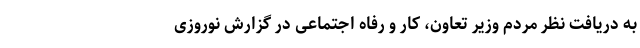
به دریافت نظر مردم وزیر تعاون، کار و رفاه اجتماعی در گزارش نوروزی